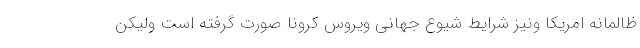
ظالمانه امریکا ونیز شرایط شیوع جهانی ویروس کرونا صورت گرفته است ولیکن